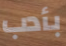
بأدب